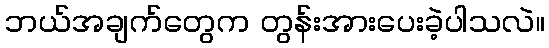
ဘယ်အချက်တွေက တွန်းအားပေးခဲ့ပါသလဲ။